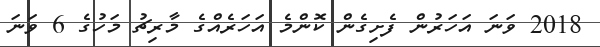
2018 ވަނަ އަހަރުން ފެށިގެން ކޮންމެ އަހަރެއްގެ މާރިޗު މަހުގެ 6 ވަނަ